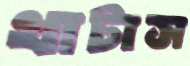
খাটাস